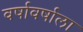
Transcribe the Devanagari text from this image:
वर्षावर्षाला